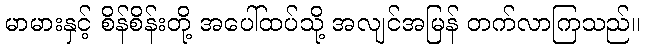
မာမားနှင့် စိန်စိန်းတို့ အပေါ်ထပ်သို့ အလျင်အမြန် တက်လာကြသည်။